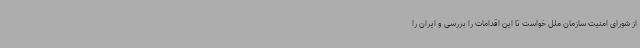
از شورای امنیت سازمان ملل خواست تا این اقدامات را بررسی و ایران را